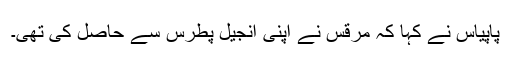
پاپیاس نے کہا کہ مرقس نے اپنی انجیل پطرس سے حاصل کی تھی۔